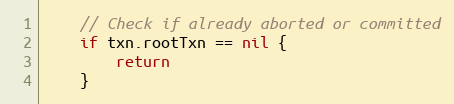
Language: Go
	// Check if already aborted or committed
	if txn.rootTxn == nil {
		return
	}